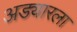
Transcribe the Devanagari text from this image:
अड्यारला